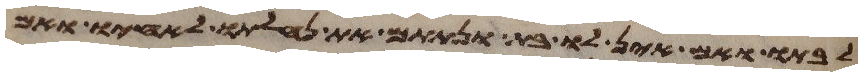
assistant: לבתו ואם אין לו בת ונתתם את נחלתו לאחיו ואם